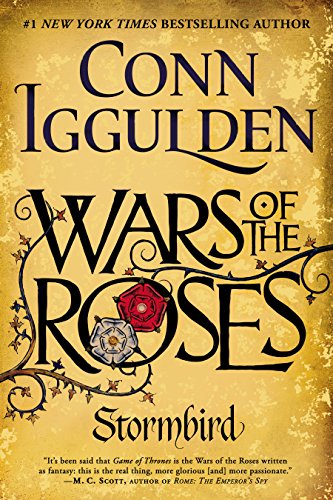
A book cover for Wars of the Roses: Stormbird; Conn Iggulden; Literature & Fiction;